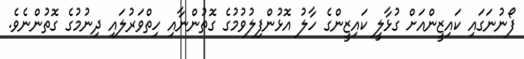
ފޯނުނަގައި ކައިޒީންއަށް ގުޅާލީ ކައިޒީންގެ ހާލު އޮޅުންފިލުވުމުގެ ގޮތުންނާއި ހިތްވަރުލައި ދިނުމުގެ ގޮތުންނެވެ.